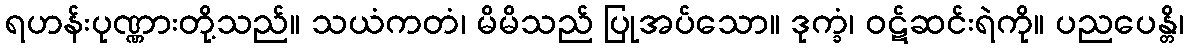
ရဟန်းပုဏ္ဏားတို့သည်။ သယံကတံ၊ မိမိသည် ပြုအပ်သော။ ဒုက္ခံ၊ ဝဋ်ဆင်းရဲကို။ ပညပေန္တိ၊